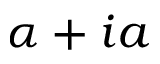
\alpha + i a